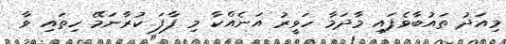
މިއަދު ތައުބާވެފައި މާދަމާ ހަވީރު އަނެއްކާ މި ފާފަ ކުރާނަމޭ ހިތައި ވާ